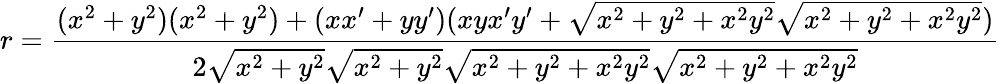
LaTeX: r={\frac{(x^{2}+y^{2})(x^{2}+y^{2})+(xx^{\prime}+yy^{\prime})(xyx^{\prime}y^{\prime}+{\sqrt{x^{2}+y^{2}+x^{2}y^{2}}}{\sqrt{x^{2}+y^{2}+x^{2}y^{2}}})}{2{\sqrt{x^{2}+y^{2}}}{\sqrt{x^{2}+y^{2}}}{\sqrt{x^{2}+y^{2}+x^{2}y^{2}}}{\sqrt{x^{2}+y^{2}+x^{2}y^{2}}}}}